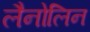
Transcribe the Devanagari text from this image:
लैनोलिन